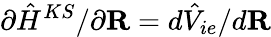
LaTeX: \partial\hat{H}^{KS}/\partial{\mathbf R}=d\hat{V}_{ie}/d{\mathbf R}